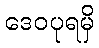
ဒေဝပုရမှိ